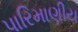
પારિમાણીય